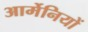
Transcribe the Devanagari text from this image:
आर्मेनियों